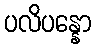
ပလိပန္နော